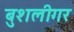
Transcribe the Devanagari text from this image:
बुशलीगर